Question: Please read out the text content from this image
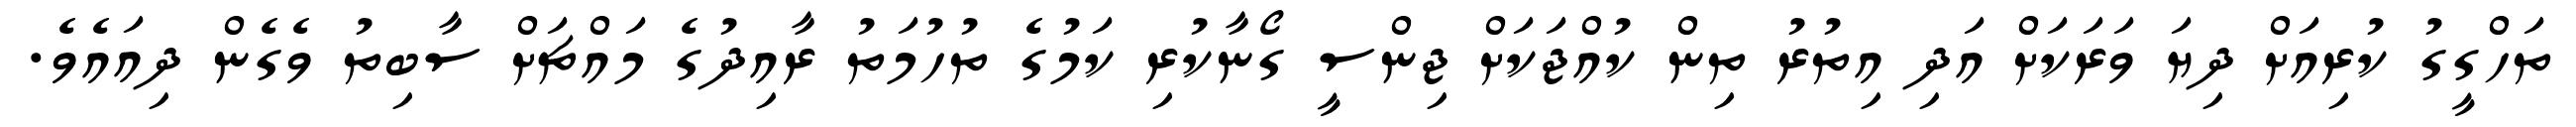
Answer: ތަހްގީގު ކުރިއަށް ދިޔަ ވަރަކަށް އަދި އިތުރު ތިން ކުއްޖަކަށް ޖިންސީ ގޯނާކުރި ކަމުގެ ތުހުމަތު ރާއިދުގެ މައްޗަށް ސާބިތު ވެގެން ދިއައެވެ.